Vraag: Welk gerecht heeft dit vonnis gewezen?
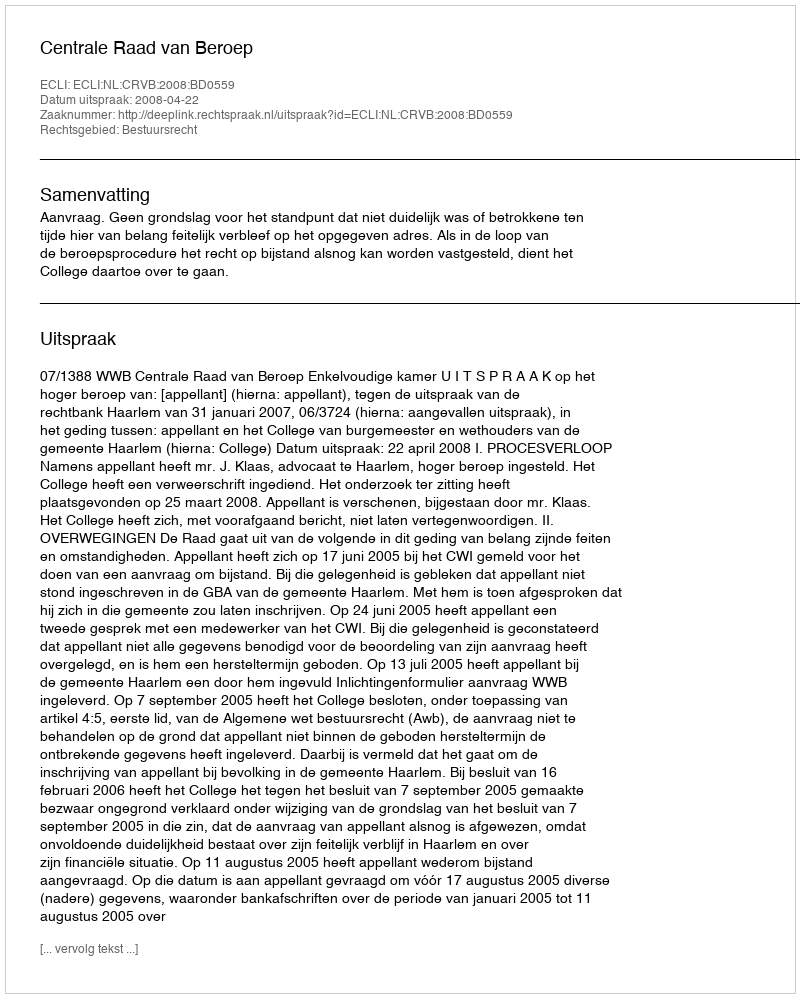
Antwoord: Centrale Raad van Beroep